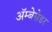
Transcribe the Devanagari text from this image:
अॅम्बेसेडर